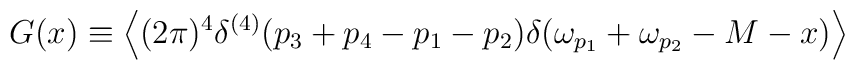
G(x) \equiv \left\langle {(2\pi )^4\delta ^{(4)}(p_3+p_4-p_1-p_2)\delta (\omega_{p_1}+\omega _{p_2}-M-x)} \right\rangle